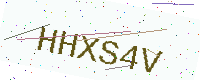
Text: HHXS4V